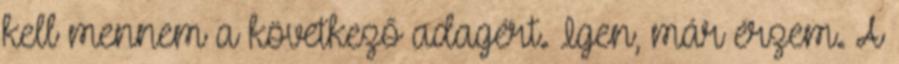
kell mennem a következő adagért. Igen, már érzem. A